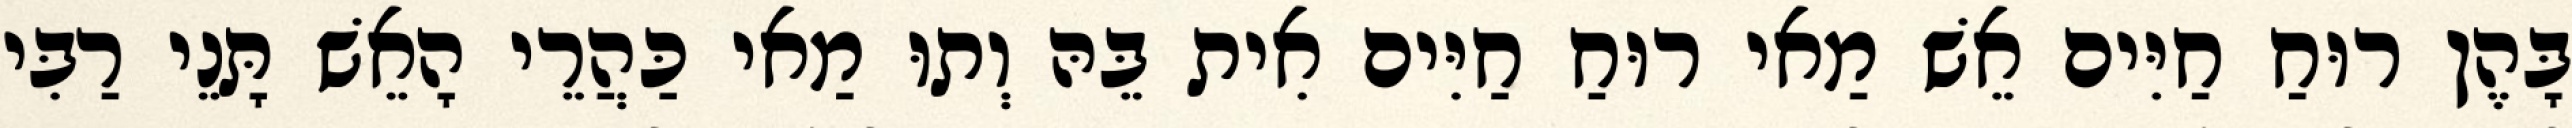
בָּהֶן רוּחַ חַיִּים אֵשׁ מַאי רוּחַ חַיִּים אִית בֵּהּ וְתוּ מַאי כַּהֲרֵי הָאֵשׁ תָּנֵי רַבִּי